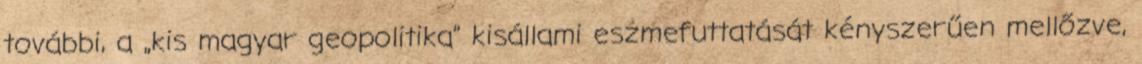
további, a „kis magyar geopolitika” kisállami eszmefuttatását kényszerűen mellőzve,